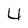
Character: 4